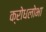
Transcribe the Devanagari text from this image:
क्रोधलोभा